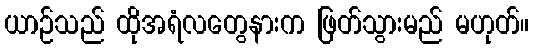
ယာဉ်သည် ထိုအရံလတွေနားက ဖြတ်သွားမည် မဟုတ်။